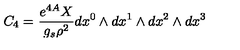
C _ { 4 } = \frac { e ^ { 4 A } X } { g _ { s } \rho ^ { 2 } } d x ^ { 0 } \wedge d x ^ { 1 } \wedge d x ^ { 2 } \wedge d x ^ { 3 }